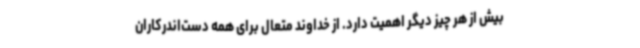
بیش از هر چیز دیگر اهمیت دارد. از خداوند متعال برای همه دست‌اندرکاران